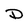
Character: D